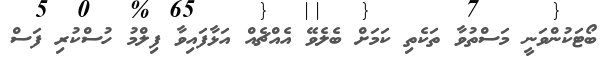
ބޯޓަކުންވަނީ މަސްތުވާ ތަކެތި ކަމަށް ބެލެވޭ އެއްޗެއް އަޅާފައިވާ ފިލްމު ހުސްކުރި ފަސް